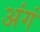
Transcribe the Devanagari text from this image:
अंगं